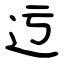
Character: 迃